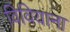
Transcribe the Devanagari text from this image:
विवियाना